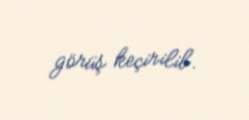
görüş keçirilib.